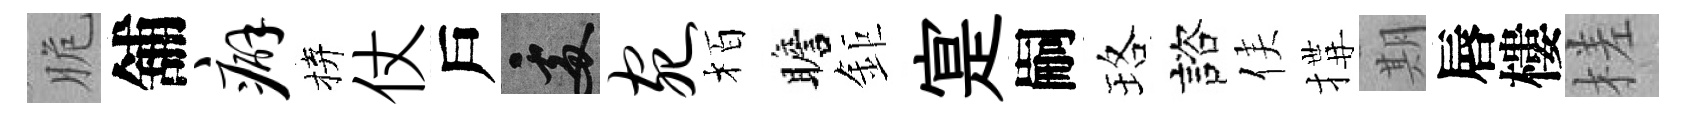
脆舖癖拚仗戶處宛栢瞻鉅寔嗣珞諮侯搆期唇樓槎